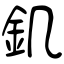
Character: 釠